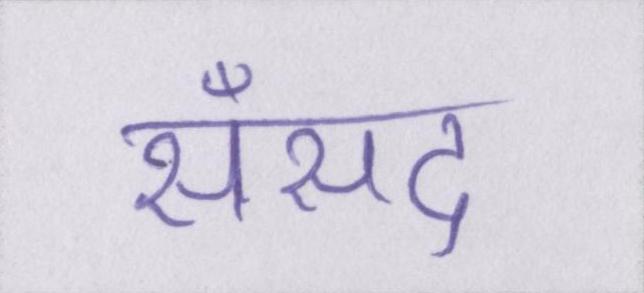
सँसद